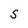
Character: S